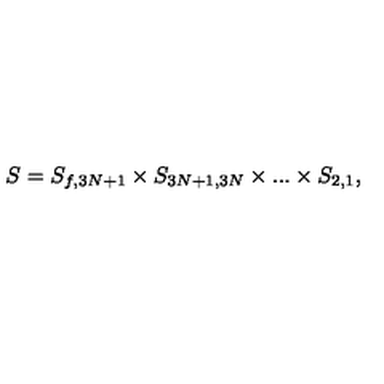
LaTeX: S = S _ { f , 3 N + 1 } \times S _ { 3 N + 1 , 3 N } \times . . . \times S _ { 2 , 1 } ,